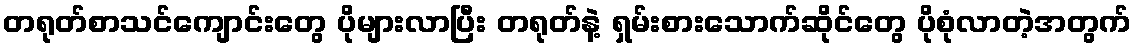
တရုတ်စာသင်ကျောင်းတွေ ပိုများလာပြီး တရုတ်နဲ့ ရှမ်းစားသောက်ဆိုင်တွေ ပိုစုံလာတဲ့အတွက်